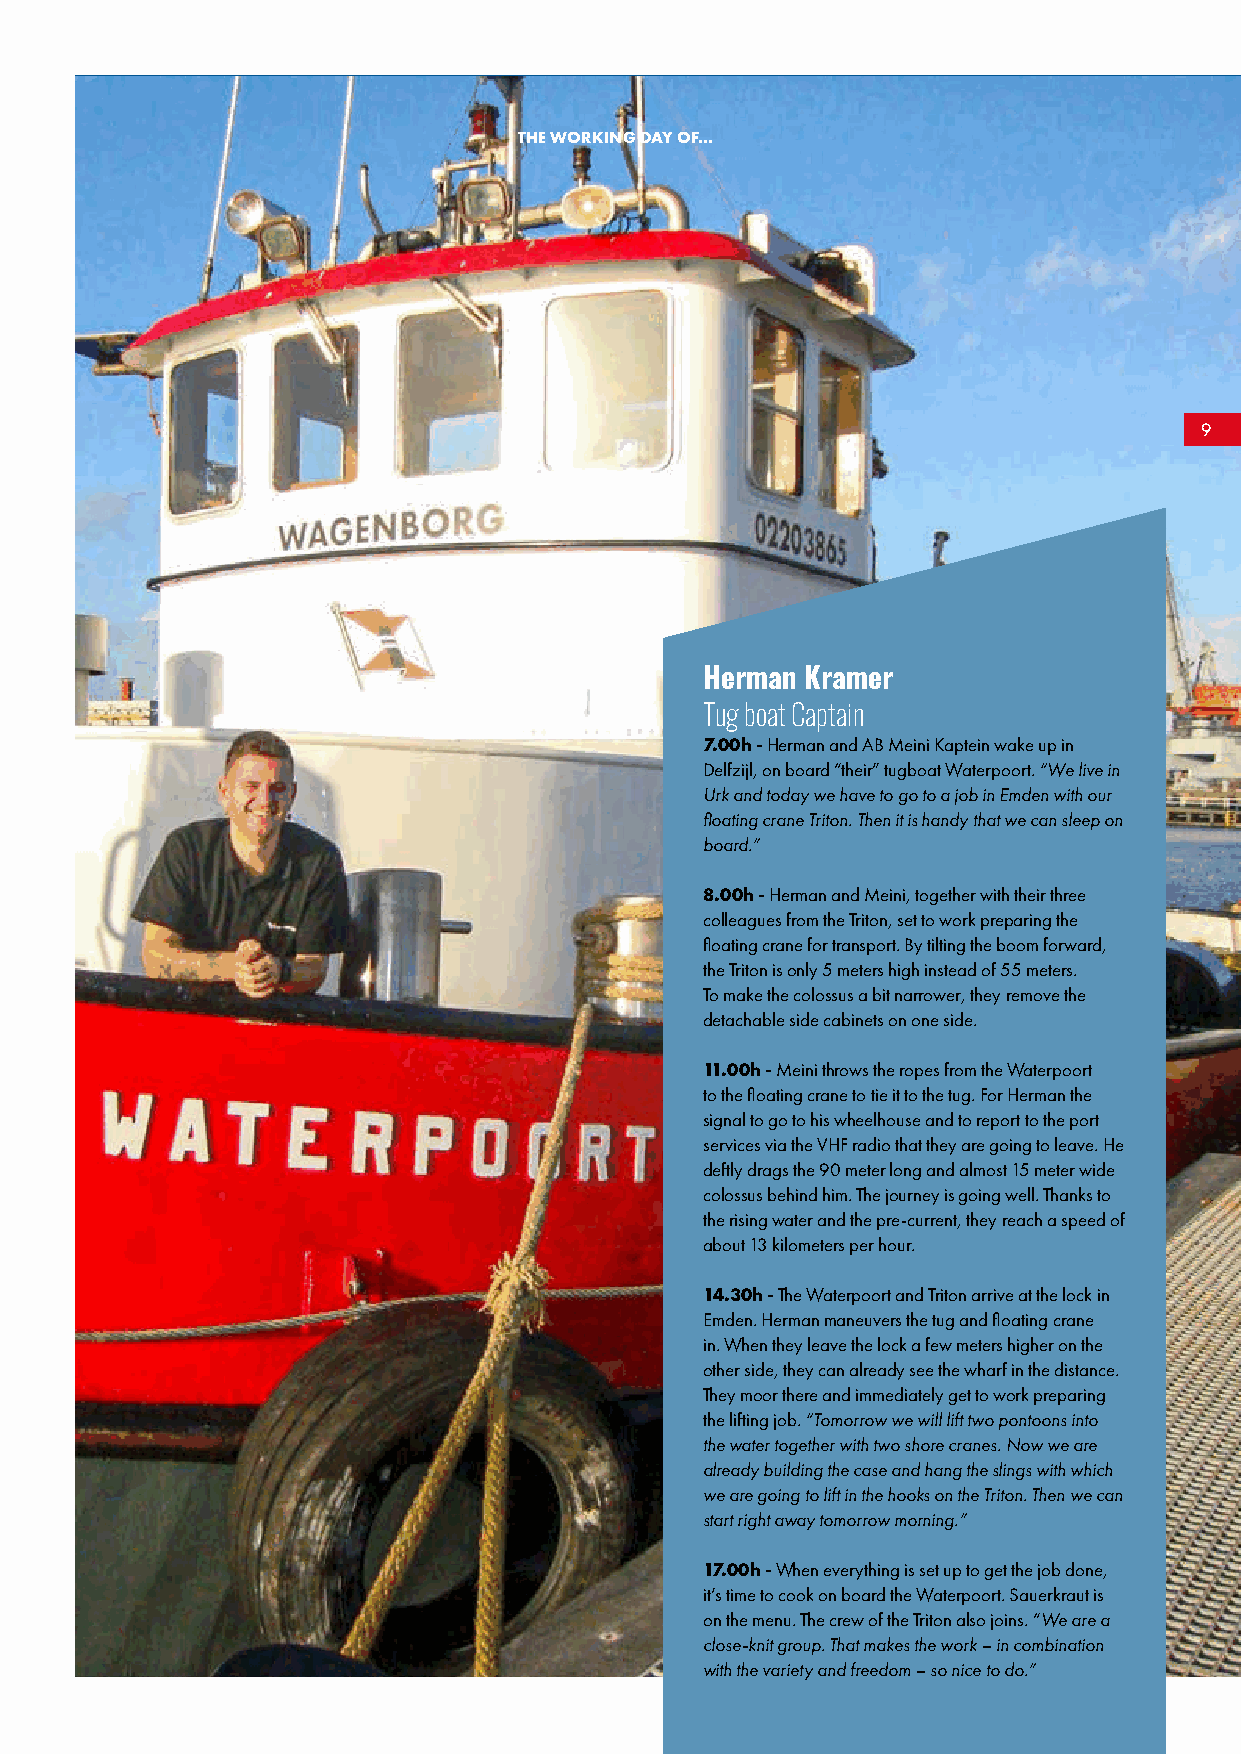
THE WORKING DAY OF...
 9
 Herman Kramer
 Tug boat Captain
 7.00h - Herman and AB Meini Kaptein wake up in
 Delfzijl, on board “their” tugboat Waterpoort. “We live in
 Urk and today we have to go to a job in Emden with our
 floating crane Triton. Then it is handy that we can sleep on
 board.”
 8.00h - Herman and Meini, together with their three
 colleagues from the Triton, set to work preparing the
 floating crane for transport. By tilting the boom forward,
 the Triton is only 5 meters high instead of 55 meters.
 To make the colossus a bit narrower, they remove the
 detachable side cabinets on one side.
 11.00h - Meini throws the ropes from the Waterpoort
 to the floating crane to tie it to the tug. For Herman the
 signal to go to his wheelhouse and to report to the port
 services via the VHF radio that they are going to leave. He
 deftly drags the 90 meter long and almost 15 meter wide
 colossus behind him. The journey is going well. Thanks to
 the rising water and the pre-current, they reach a speed of
 about 13 kilometers per hour.
 14.30h - The Waterpoort and Triton arrive at the lock in
 Emden. Herman maneuvers the tug and floating crane
 in. When they leave the lock a few meters higher on the
 other side, they can already see the wharf in the distance.
 They moor there and immediately get to work preparing
 the lifting job. “Tomorrow we will lift two pontoons into
 the water together with two shore cranes. Now we are
 already building the case and hang the slings with which
 we are going to lift in the hooks on the Triton. Then we can
 start right away tomorrow morning.”
 17.00h - When everything is set up to get the job done,
 it’s time to cook on board the Waterpoort. Sauerkraut is
 on the menu. The crew of the Triton also joins. “We are a
 close-knit group. That makes the work – in combination
 with the variety and freedom – so nice to do.”